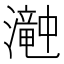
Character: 𤁘